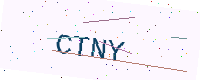
Text: CTNY